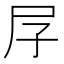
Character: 㞌